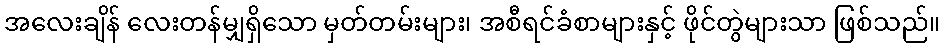
အလေးချိန် လေးတန်မျှရှိသော မှတ်တမ်းများ၊ အစီရင်ခံစာများနှင့် ဖိုင်တွဲများသာ ဖြစ်သည်။